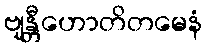
ဗျန္တီဟောတိတမေနံ